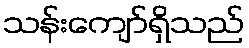
သန်းကျော်ရှိသည်